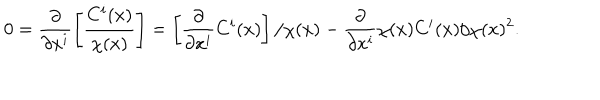
0 = \frac { \partial } { \partial x ^ { i } } \left[ \frac { C ^ { i } ( x ) } { \chi ( x ) } \right] = \left[ \frac { \partial } { \partial x ^ { i } } C ^ { i } ( x ) \right] / \chi ( x ) - \frac { \partial } { \partial x ^ { i } } \chi ( x ) C ^ { i } ( x ) / \chi ( x ) ^ { 2 } .